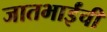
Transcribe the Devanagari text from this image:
जातभाईंची